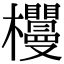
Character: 𣡠